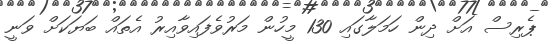
ޕެރިސް އަށް ދިން ހަމަލާގައި 130 މީހުން މަރުވެފައިވާއިރު އެތައް ބަޔަކަށް ވަނީ